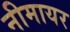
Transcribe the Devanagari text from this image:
नीमायर